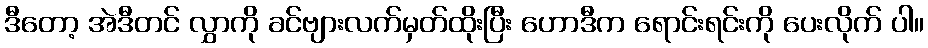
ဒီတော့ အဲဒီတင် လွှာကို ခင်ဗျားလက်မှတ်ထိုးပြီး ဟောဒီက ရောင်းရင်းကို ပေးလိုက် ပါ။